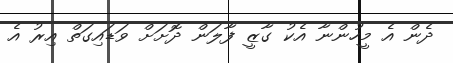
ދެން އެ މީހުންނާ އެކު ގާޒީ ފާލަން ދޮށަށް ވަޑައިގަތް އިރު އެ